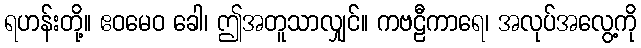
ရဟန်းတို့။ ဧဝမေဝ ခေါ၊ ဤအတူသာလျှင်။ ကဗဠီကာရေ၊ အလုပ်အလွေ့ကို